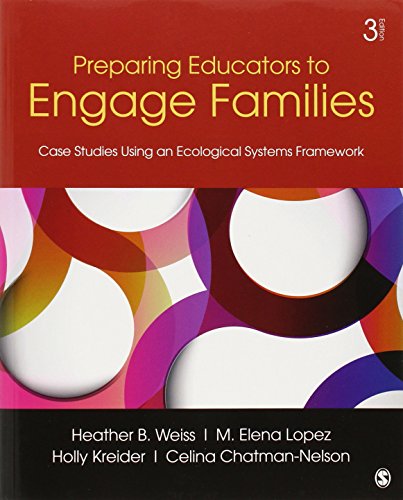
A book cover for Preparing Educators to Engage Families: Case Studies Using an Ecological Systems Framework; Education & Teaching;